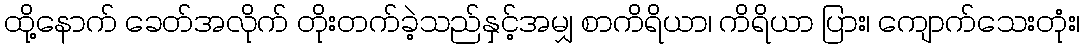
ထို့နောက် ခေတ်အလိုက် တိုးတက်ခဲ့သည်နှင့်အမျှ စာကိရိယာ၊ ကိရိယာ ပြား၊ ကျောက်သေးတုံး၊